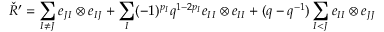
\check { R } ^ { \prime } = \sum _ { I \neq J } e _ { J I } \otimes e _ { I J } + \sum _ { I } ( - 1 ) ^ { p _ { I } } q ^ { 1 - 2 p _ { I } } e _ { I I } \otimes e _ { I I } + ( q - q ^ { - 1 } ) \sum _ { I < J } e _ { I I } \otimes e _ { J J }